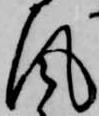
風